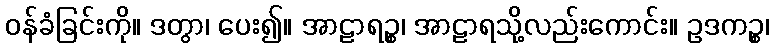
ဝန်ခံခြင်းကို။ ဒတွာ၊ ပေး၍။ အာဠာရဉ္စ၊ အာဠာရသို့လည်းကောင်း။ ဥဒကဉ္စ၊